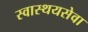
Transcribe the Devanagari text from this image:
स्वास्थयसेवा